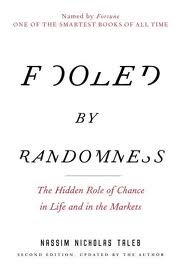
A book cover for Fooled by Randomness: The Hidden Role of Chance in Life and in the Markets 2nd (second) edition; Nassim Nicholas Taleb; Politics & Social Sciences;